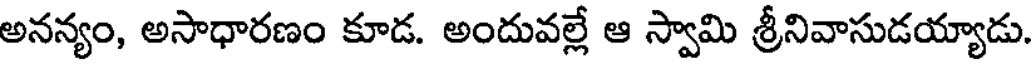
అనన్యం, అసాధారణం కూడ. అందువల్లే ఆ స్వామి శ్రీనివాసుడయ్యాడు.